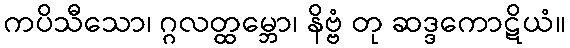
ကပိသီသော၊ ဂ္ဂလတ္ထမ္ဘော၊ နိဗ္ဗံ တု ဆဒ္ဒကောဋိယံ။